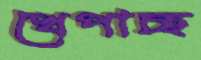
খেপাচ্ছ